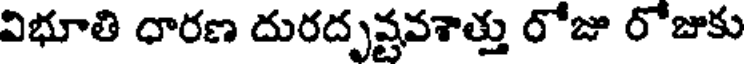
విభూతి ధారణ దురదృష్టవశాత్తు రోజు రోజుకు